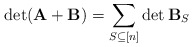
\begin{align*}\det(\mathbf{A}+\mathbf{B}) = \sum_{S \subseteq [n]} \det \mathbf{B}_S\end{align*}